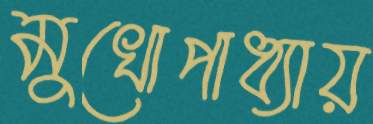
মুখোপাধ্যায়